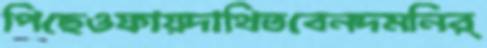
পিছেওফায়দাথিতবেনদমনির্